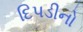
દિપડીનો